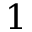
1